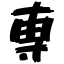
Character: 専